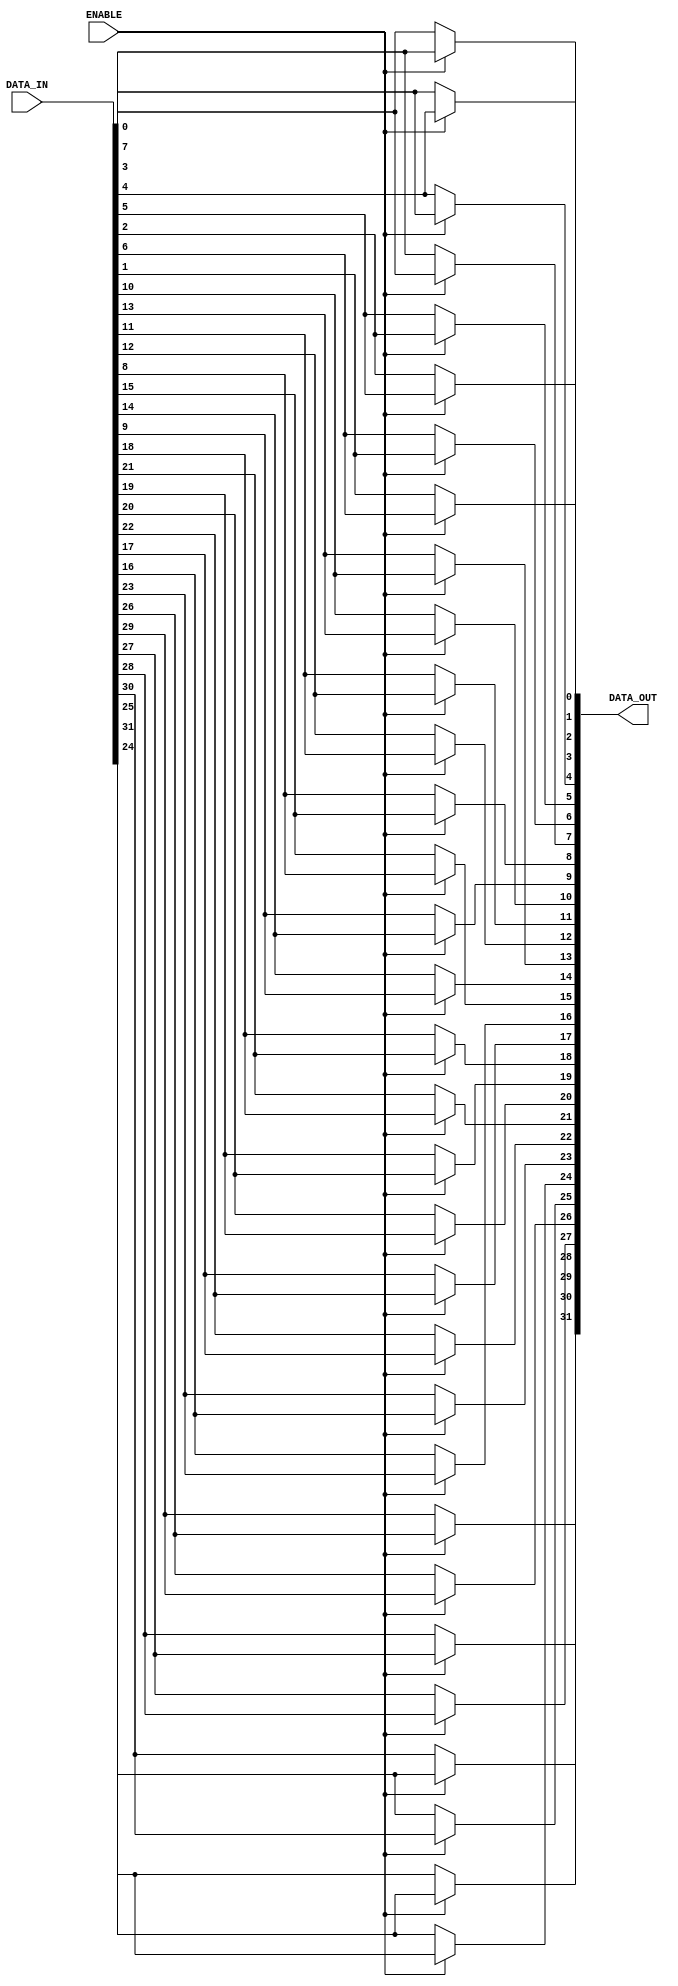
// Copyright 2012 Altera Corporation. All rights reserved.  
// Altera products are protected under numerous U.S. and foreign patents, 
// maskwork rights, copyrights and other intellectual property laws.  
//
// This reference design file, and your use thereof, is subject to and governed
// by the terms and conditions of the applicable Altera Reference Design 
// License Agreement (either as signed by you or found at www.altera.com).  By
// using this reference design file, you indicate your acceptance of such terms
// and conditions between you and Altera Corporation.  In the event that you do
// not agree with such terms and conditions, you may not use the reference 
// design file and please promptly destroy any copies you have made.
//
// This reference design file is being provided on an "as-is" basis and as an 
// accommodation and therefore all warranties, representations or guarantees of 
// any kind (whether express, implied or statutory) including, without 
// limitation, warranties of merchantability, non-infringement, or fitness for
// a particular purpose, are specifically disclaimed.  By making this reference
// design file available, Altera expressly does not recommend, suggest or 
// require that this reference design file be used in combination with any 
// other product not provided by Altera.
/////////////////////////////////////////////////////////////////////////////
// 
// Bit Endian Converter
//	Convert the input data bit to big or little endian
//	if input is big endian, the output will be little endian
//	if input is little endian, the output will be big endian
//
// Author:
// Cher Jier Yap 	- 06-09-2012 
//   
// Revision:
// 06-09-2012 - intial version
// 07-09-2012 - fix: Assign name to every for loop block in bit_endian_converter.v to prevent Quartus report Error

module bit_endian_converter (
	ENABLE,
	DATA_IN,
	DATA_OUT
);

parameter	DATA_WIDTH = 32;				//8, 16, 32, 64

input						ENABLE;
input	[DATA_WIDTH-1:0]	DATA_IN;
output	[DATA_WIDTH-1:0]	DATA_OUT;

genvar i;
generate
	if (DATA_WIDTH == 8) begin 				
		for (i=0; i<8; i=i+1) begin : bit_endian_conv_loop
			assign	DATA_OUT[i] = ENABLE? DATA_IN[DATA_WIDTH-1-i] : DATA_IN[i];	
		end
	end			
	else if (DATA_WIDTH == 16) begin
		for (i=0; i<8; i=i+1) begin : bit_endian_conv_loop
			assign	DATA_OUT[i] = ENABLE? DATA_IN[DATA_WIDTH-1-8-i] : DATA_IN[i]; 
			assign	DATA_OUT[i+8] = ENABLE? DATA_IN[DATA_WIDTH-1-i] : DATA_IN[i+8]; 
		end	
	end
	else if (DATA_WIDTH == 32) begin
		for (i=0; i<8; i=i+1) begin : bit_endian_conv_loop
			assign	DATA_OUT[i] = ENABLE? DATA_IN[DATA_WIDTH-1-24-i] : DATA_IN[i];
			assign	DATA_OUT[i+8] = ENABLE? DATA_IN[DATA_WIDTH-1-16-i] : DATA_IN[i+8];
			assign	DATA_OUT[i+16] = ENABLE? DATA_IN[DATA_WIDTH-1-8-i] : DATA_IN[i+16];
			assign	DATA_OUT[i+24] = ENABLE? DATA_IN[DATA_WIDTH-1-i] : DATA_IN[i+24];
		end
	end
	else if (DATA_WIDTH == 64) begin
		for (i=0; i<8; i=i+1) begin : bit_endian_conv_loop
			assign	DATA_OUT[i] = ENABLE? DATA_IN[DATA_WIDTH-1-56-i] : DATA_IN[i];
			assign	DATA_OUT[i+8] = ENABLE? DATA_IN[DATA_WIDTH-1-48-i] : DATA_IN[i+8];
			assign	DATA_OUT[i+16] = ENABLE? DATA_IN[DATA_WIDTH-1-40-i] : DATA_IN[i+16];
			assign	DATA_OUT[i+24] = ENABLE? DATA_IN[DATA_WIDTH-1-32-i] : DATA_IN[i+24];
			assign	DATA_OUT[i+32] = ENABLE? DATA_IN[DATA_WIDTH-1-24-i] : DATA_IN[i+32];
			assign	DATA_OUT[i+40] = ENABLE? DATA_IN[DATA_WIDTH-1-16-i] : DATA_IN[i+40];
			assign	DATA_OUT[i+48] = ENABLE? DATA_IN[DATA_WIDTH-1-8-i] : DATA_IN[i+48];
			assign	DATA_OUT[i+56] = ENABLE? DATA_IN[DATA_WIDTH-1-i] : DATA_IN[i+56];
		end
	end
endgenerate

endmodule